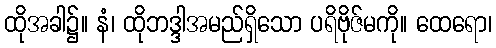
ထိုအခါ၌။ နံ၊ ထိုဘဒ္ဒါအမည်ရှိသော ပရိဗိုဇ်မကို။ ထေရော၊